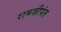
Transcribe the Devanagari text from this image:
रामजीपंत